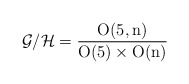
\begin{align*}{\cal G}/{\cal H}= \frac{\mathrm{O(5,n)}}{\mathrm{O(5)}\times \mathrm{O(n)}}\end{align*}